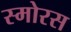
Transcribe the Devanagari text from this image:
स्मोरस